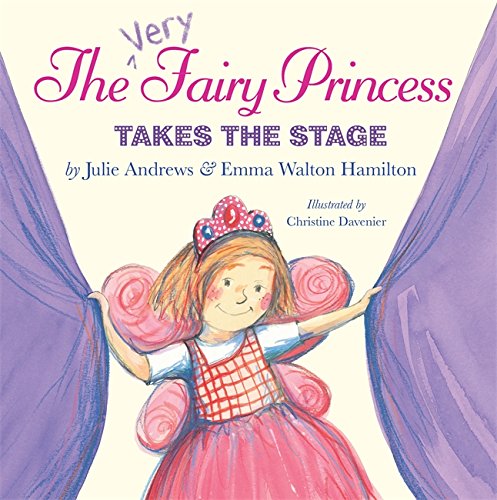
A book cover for The Very Fairy Princess Takes the Stage; Julie Andrews; Children's Books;